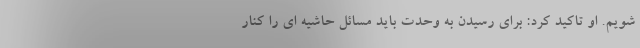
شویم. او تاکید کرد: برای رسیدن به وحدت باید مسائل حاشیه ای را کنار